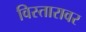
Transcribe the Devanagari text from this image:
विस्तारावर